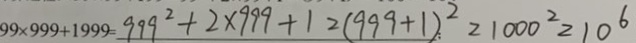
9 9 \times 9 9 9 + 1 9 9 9 = 9 9 9 ^ { 2 } + 2 \times 9 9 9 + 1 2 ( 9 9 9 + 1 ) ^ { 2 } = 1 0 0 0 ^ { 2 } = 1 0 ^ { 6 }